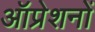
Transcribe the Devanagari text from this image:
ऑप्रेशनों